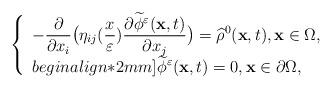
LaTeX: \begin{align*}\left\{\begin{array}{lll}{\displaystyle-\frac{\partial}{\partial x_i}\big(\eta_{ij}(\frac{x}{\varepsilon})\frac{\partial \widetilde{\phi}^\varepsilon(\mathbf{x},t)}{\partial x_j}\big)=\widehat{\rho}^0(\mathbf{x},t),\mathbf{x}\in \Omega,}\\begin{align*}2mm]{\displaystyle \widetilde{\phi}^\varepsilon(\mathbf{x},t)=0,\mathbf{x}\in \partial\Omega,}\end{array}\right.\end{align*}